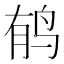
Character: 𲍳